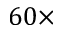
6 0 \times